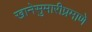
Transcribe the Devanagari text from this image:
खानेसुमारीप्रमाणे